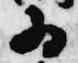
為